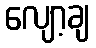
လျော့ချ